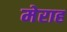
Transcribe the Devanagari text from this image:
मेराह